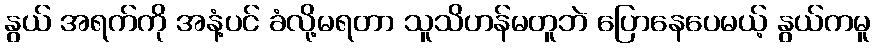
နွယ် အရက်ကို အနံ့ပင် ခံလို့မရတာ သူသိဟန်မတူဘဲ ပြောနေပေမယ့် နွယ်ကမူ